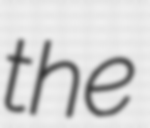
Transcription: the